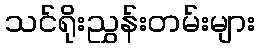
သင်ရိုးညွှန်းတမ်းများ